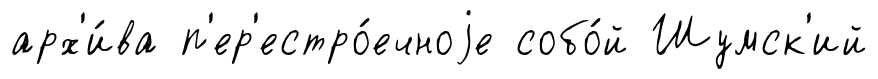
арх'и́ва п'ер'естро́ечноjе собо́й Шумск'ий